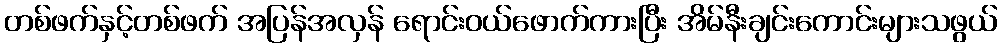
တစ်ဖက်နှင့်တစ်ဖက် အပြန်အလှန် ရောင်းဝယ်ဖောက်ကားပြီး အိမ်နီးချင်းကောင်းများသဖွယ်